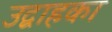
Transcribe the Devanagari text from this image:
उद्वाहका